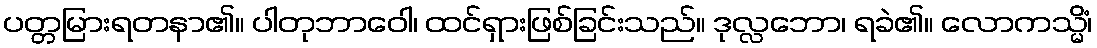
ပတ္တမြားရတနာ၏။ ပါတုဘာဝေါ၊ ထင်ရှားဖြစ်ခြင်းသည်။ ဒုလ္လဘော၊ ရခဲ၏။ လောကသ္မိံ၊